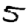
Digit: 5